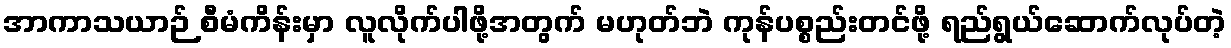
အာကာသယာဉ် စီမံကိန်းမှာ လူလိုက်ပါဖို့အတွက် မဟုတ်ဘဲ ကုန်ပစ္စည်းတင်ဖို့ ရည်ရွယ်ဆောက်လုပ်တဲ့